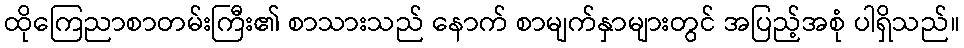
ထိုကြေညာစာတမ်းကြီး၏ စာသားသည် နောက် စာမျက်နှာများတွင် အပြည့်အစုံ ပါရှိသည်။